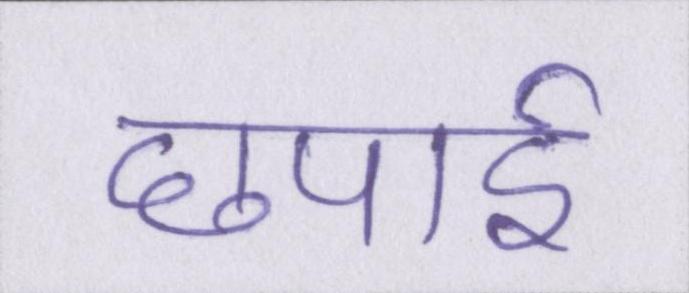
छपाई